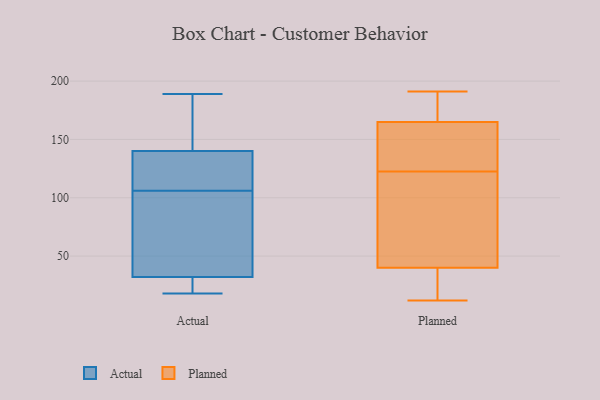
{"axis": {"x": "Bounce Rate (%)", "y": "Value"}, "legend": ["Actual", "Planned"], "data": [{"x": "", "y": 68, "type": "Actual"}, {"x": "", "y": 150, "type": "Actual"}, {"x": "", "y": 32, "type": "Actual"}, {"x": "", "y": 111, "type": "Actual"}, {"x": "", "y": 112, "type": "Actual"}, {"x": "", "y": 20, "type": "Actual"}, {"x": "", "y": 116, "type": "Actual"}, {"x": "", "y": 140, "type": "Actual"}, {"x": "", "y": 18, "type": "Actual"}, {"x": "", "y": 126, "type": "Actual"}, {"x": "", "y": 32, "type": "Actual"}, {"x": "", "y": 189, "type": "Actual"}, {"x": "", "y": 24, "type": "Actual"}, {"x": "", "y": 169, "type": "Actual"}, {"x": "", "y": 101, "type": "Actual"}, {"x": "", "y": 59, "type": "Actual"}, {"x": "", "y": 143, "type": "Actual"}, {"x": "", "y": 79, "type": "Actual"}, {"x": "", "y": 12, "type": "Planned"}, {"x": "", "y": 66, "type": "Planned"}, {"x": "", "y": 138, "type": "Planned"}, {"x": "", "y": 187, "type": "Planned"}, {"x": "", "y": 40, "type": "Planned"}, {"x": "", "y": 187, "type": "Planned"}, {"x": "", "y": 115, "type": "Planned"}, {"x": "", "y": 133, "type": "Planned"}, {"x": "", "y": 20, "type": "Planned"}, {"x": "", "y": 130, "type": "Planned"}, {"x": "", "y": 191, "type": "Planned"}, {"x": "", "y": 47, "type": "Planned"}, {"x": "", "y": 165, "type": "Planned"}, {"x": "", "y": 32, "type": "Planned"}]}